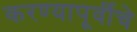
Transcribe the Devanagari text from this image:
करण्यापूर्वीचे